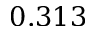
0 . 3 1 3